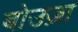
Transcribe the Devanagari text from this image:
बोउज़ा